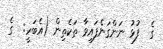
ގެ  ފުޅު ނަންގަނެފައިވާ ތަކެތިން (އެބަހީ:  ގެ